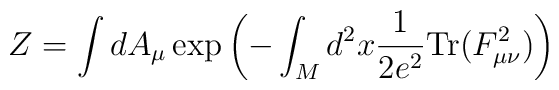
Z=\int dA_\mu \exp\left( -\int_M d^2x\frac{1}{2e^2}{\rm Tr}(F_{\mu\nu}^2)\right)